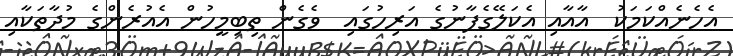
އެހެނެއްކަމަކު  އާއާއި އެކަލޭގެފާނުގެ އަރިހުގައި  ވެގެން ތިބިމީހުން އެއުރެންގެ މުދާތަކާއި